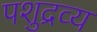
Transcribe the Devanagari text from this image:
पशुद्रव्य